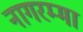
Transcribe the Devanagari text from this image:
नागरम्मा